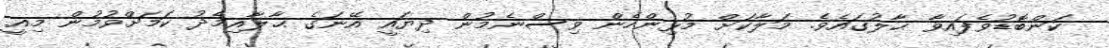
ކަންބޮޑުވެފައިވާ ޙާލުގައެވެ. މަލާކަށް މުޅިންހެން ވިސްނެމުން ދިޔައީ އޭނަގެ ޙާލާއިމެދު ކަމަށްވުމުން މިއީ